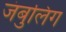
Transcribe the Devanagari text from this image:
जंबुलिंग